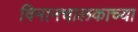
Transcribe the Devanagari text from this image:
विमानचालकाच्या